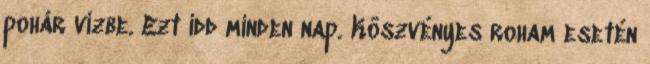
pohár vízbe. Ezt idd minden nap. Köszvényes roham esetén